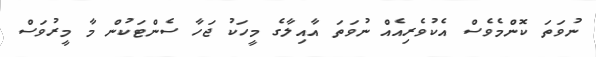
ނުވަތަ ކޮންމެވެސް އެކުވެރިއެއް ނުވަތަ އާއިލާގެ މީހަކު ޖަހާ ސެންޓަކުން މާ މީރުވަސް